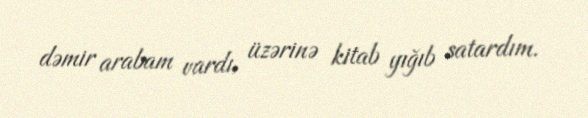
dəmir arabam vardı, üzərinə kitab yığıb satardım.